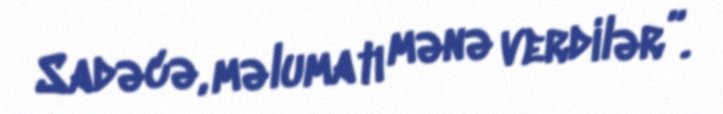
Sadəcə, məlumatı mənə verdilər”.